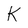
Character: K